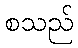
စသည်